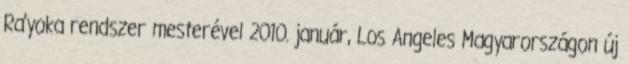
Ra’yoka rendszer mesterével 2010. január, Los Angeles Magyarországon új